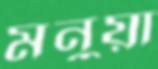
মনুয়া